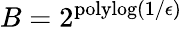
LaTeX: B=2^{\mathrm{polylog}(1/\epsilon)}